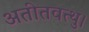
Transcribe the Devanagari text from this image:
अतीतवत्थु।